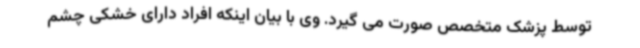
توسط پزشک متخصص صورت می گیرد. وی با بیان اینکه افراد دارای خشکی چشم